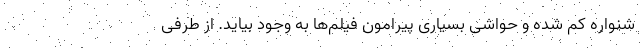
شنواره کم شده و حواشی بسیاری پیرامون فیلم‌ها به وجود بیاید. از طرفی